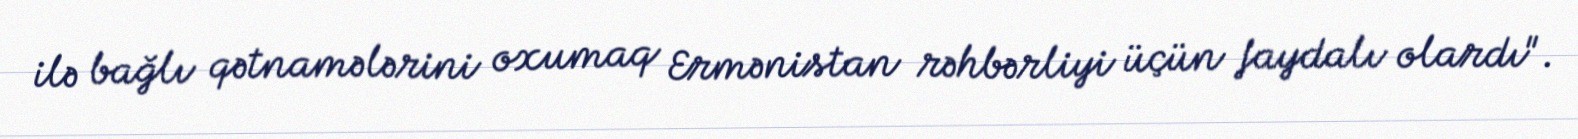
ilə bağlı qətnamələrini oxumaq Ermənistan rəhbərliyi üçün faydalı olardı".